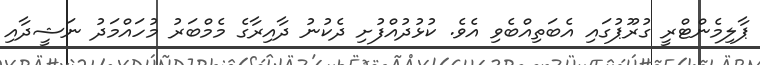
ޕާލިމެންޓްރީ ގުރޫޕުގައި އެބަތިއްބެވި އެވެ. ކުޅުދުއްފުށި ދެކުނު ދާއިރާގެ މެމްބަރު މުހައްމަދު ނަޝީދާއި